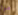
مرة